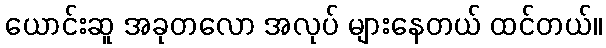
ယောင်းဆူ အခုတလော အလုပ် များနေတယ် ထင်တယ်။